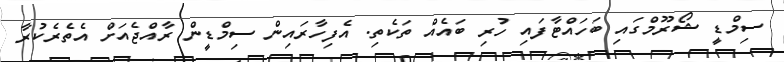
ސިމްޑީ ޝޯރޫމްގައި ބަހައްޓާފައި ހުރި ބައެއް ތަކެތި. އެފިހާރައިން ސިމްޑީން ރާއްޖެއަށް އެތެރެކުރާ